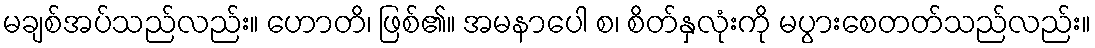
မချစ်အပ်သည်လည်း။ ဟောတိ၊ ဖြစ်၏။ အမနာပေါ စ၊ စိတ်နှလုံးကို မပွားစေတတ်သည်လည်း။